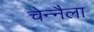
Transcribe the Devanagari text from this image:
चेन्नैला